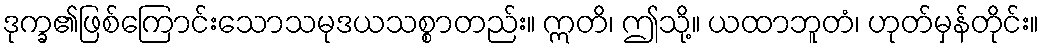
ဒုက္ခ၏ဖြစ်ကြောင်းသောသမုဒယသစ္စာတည်း။ ဣတိ၊ ဤသို့။ ယထာဘူတံ၊ ဟုတ်မှန်တိုင်း။